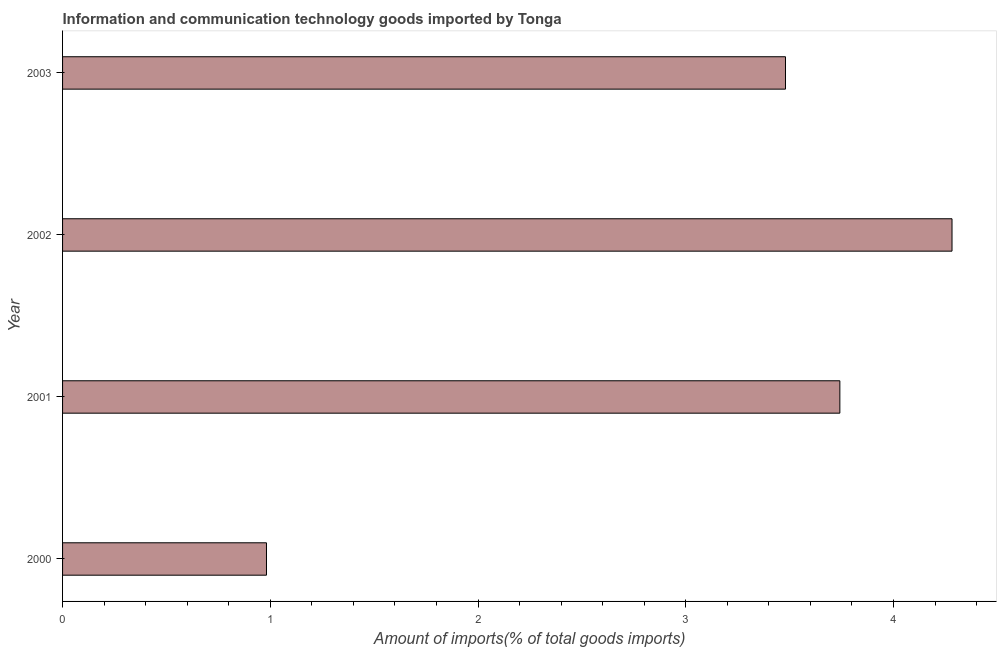
| Year | ICT goods imports |
 | --- | --- |
 | 2000 | 0.982 |
 | 2001 | 3.74 |
 | 2002 | 4.28 |
 | 2003 | 3.48 |